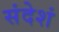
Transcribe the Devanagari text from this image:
संदेशं